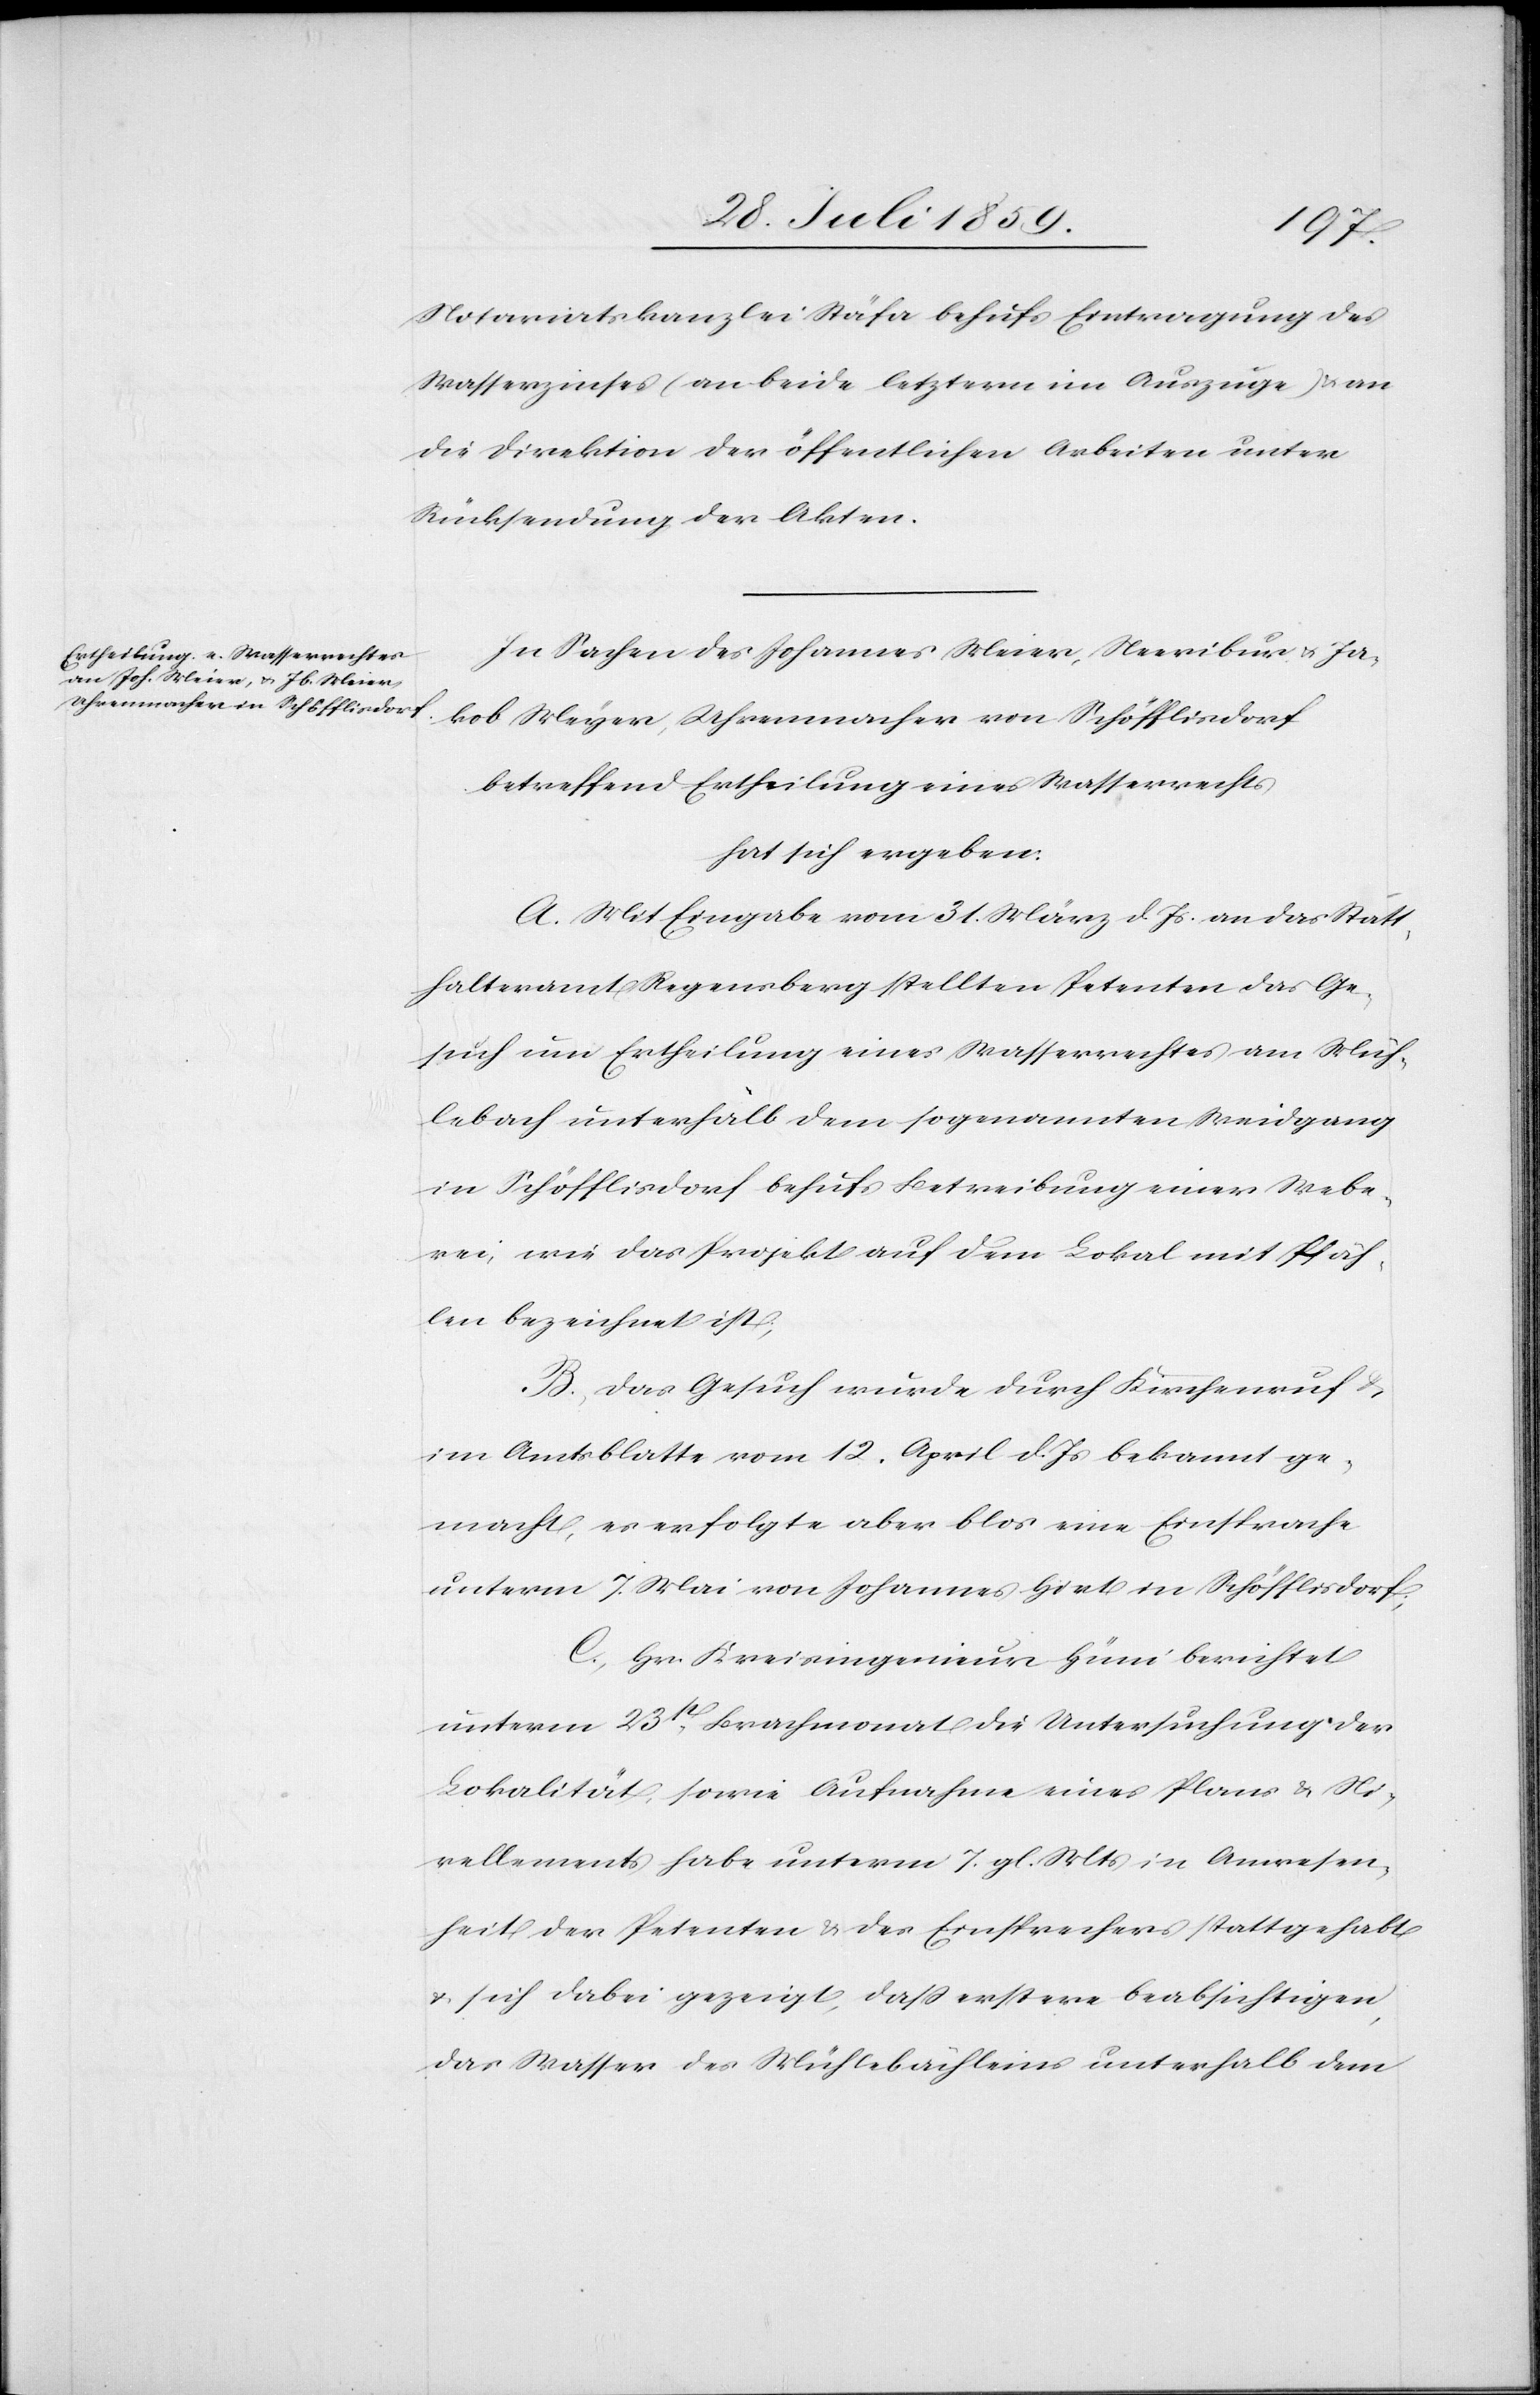
Uhrenmacher von Schöfflisdorf

kob
In Sachen des Johannes Meier, Neeribur u. Ja¬
betreffend Ertheilung eines Wasserrechts
hat sich ergeben:
A. Mit Eingabe vom 31. März d. Js. an das Statt¬
halteramt Regensberg stellten Petenten das Ge¬
such um Ertheilung eines Wasserrechtes am Müh¬
lebach unterhalb dem sogenannten Weidgang
in Schöfflisdorf behufs Betreibung einer Webe¬
rei, wie das Projekt auf dem Lokal mit Pfäh¬
len bezeichnet ist;
B. Das Gesuch wurde durch Kirchenruf u.
im Amtsblatte vom 12. April d. Js. bekannt ge¬
macht, es erfolgte aber blos eine Einsprache
unterm 7. Mai von Johannes Hirt in Schöfflisdorf;
C. Hr. Kreisingenieur Hüni berichtet
unterm 23t[en]. Brachmonat die Untersuchung der
Lokalität, sowie Aufnahme eines Plans u. Ni¬
vellements habe unterm 7. gl. Mts. in Anwesen¬
heit der Petenten u. des Einsprechers stattgehabt
u. sich dabei gezeigt, daß erstere beabsichtigen,
das Wasser des Mühlebächleins unterhalb dem